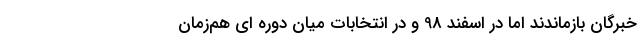
خبرگان بازماندند اما در اسفند 98 و در انتخابات میان دوره ای هم‌زمان